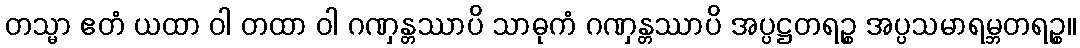
တသ္မာ ဧတံ ယထာ ဝါ တထာ ဝါ ဂဏှန္တဿာပိ သာဓုကံ ဂဏှန္တဿာပိ အပ္ပဋ္ဌတရဉ္စ အပ္ပသမာရမ္ဘတရဉ္စ။